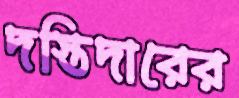
দস্তিদারের